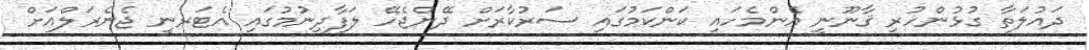
ދައުލަތާ ގުޅުންހުރި ޤާނޫނީ އެންމެހައި ކަންކަމުގައި ސަރުކާރަށް ދޭންޖެހޭ ލަފާދިނުމުގައި އެޓަރނީ ޖެނެރަލްއަށް